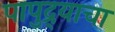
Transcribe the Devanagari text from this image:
पापुद्र्याचा